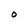
Character: O